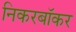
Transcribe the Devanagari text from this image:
निकरबॉकर